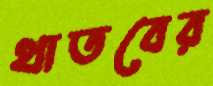
থাতবের